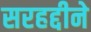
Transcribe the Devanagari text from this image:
सरहद्दीने